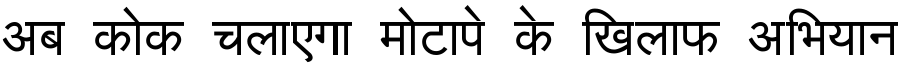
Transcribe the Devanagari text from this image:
अब कोक चलाएगा मोटापे के खिलाफ अभियान